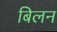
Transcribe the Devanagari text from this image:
बिलन